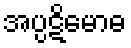
အပ္ပဋိမောဓ